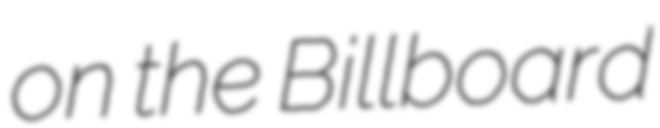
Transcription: on the Billboard